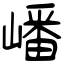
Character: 嶓